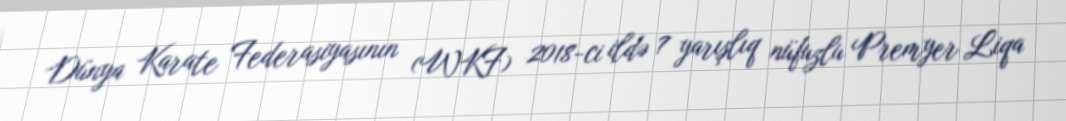
Dünya Karate Federasiyasının (WKF) 2018-ci ildə 7 yarışlıq nüfuzlu Premyer Liqa